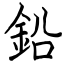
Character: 鉛